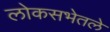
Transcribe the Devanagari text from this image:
लोकसभेतले